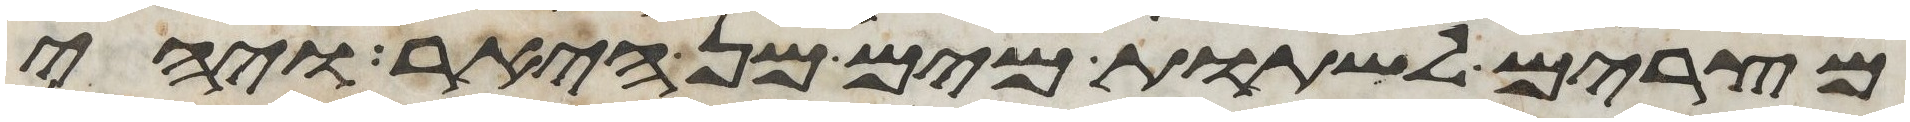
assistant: מצרים לשתות מים מן היאר ויהי